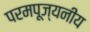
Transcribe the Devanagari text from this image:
परमपूज्‍यनीय